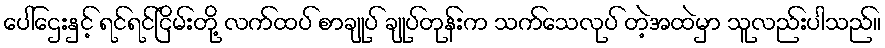
ပေါ်ဌေးနှင့် ရင်ရင်ငြိမ်းတို့ လက်ထပ် စာချုပ် ချုပ်တုန်းက သက်သေလုပ် တဲ့အထဲမှာ သူလည်းပါသည်။